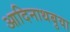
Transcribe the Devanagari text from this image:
आदिनाथबुवा